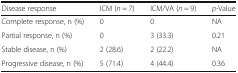
<table><thead><tr><td><b>Disease response</b></td><td><b>ICM (<i>n</i> = 7)</b></td><td><b>ICM/VA (<i>n</i> = 9)</b></td><td><b><i>p</i>-Value</b></td></tr></thead><tbody><tr><td>Complete response, n (%)</td><td>0</td><td>0</td><td>NA</td></tr><tr><td>Partial response, n (%)</td><td>0</td><td>3 (33.3)</td><td>0.21</td></tr><tr><td>Stable disease, n (%)</td><td>2 (28.6)</td><td>2 (22.2)</td><td>NA</td></tr><tr><td>Progressive disease, n (%)</td><td>5 (71.4)</td><td>4 (44.4)</td><td>0.36</td></tr></tbody></table>